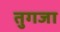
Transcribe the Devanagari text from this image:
तुगजा